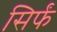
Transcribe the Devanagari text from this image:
सिर्फं